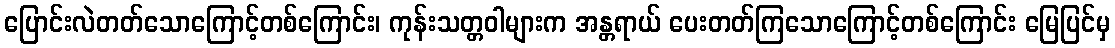
ပြောင်းလဲတတ်သောကြောင့်တစ်ကြောင်း၊ ကုန်းသတ္တဝါများက အန္တရာယ် ပေးတတ်ကြသောကြောင့်တစ်ကြောင်း မြေပြင်မှ